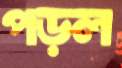
পড়ল